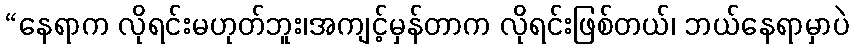
“နေရာက လိုရင်းမဟုတ်ဘူး၊အကျင့်မှန်တာက လိုရင်းဖြစ်တယ်၊ ဘယ်နေရာမှာပဲ